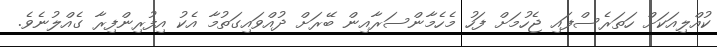
ކުއްލިއަކަށް ހަތަރެސްފައި ޖެހުމަށް ފަހު މެހެމާންސަރާއިން ބޭރަށް ދުއްވައިގަތުމާ އެކު އިފުރިންފިރާ ގެއްލުނެވެ.